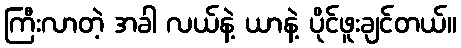
ကြီးလာတဲ့ အခါ လယ်နဲ့ ယာနဲ့ ပိုင်ဖူးချင်တယ်။